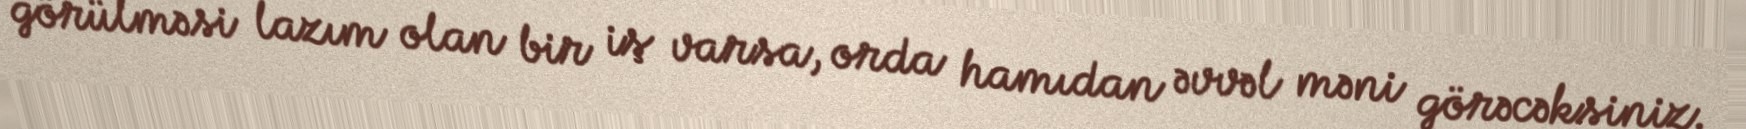
görülməsi lazım olan bir iş varsa, orda hamıdan əvvəl məni görəcəksiniz.